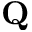
\mathbf { Q }